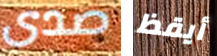
صدى أيقظ